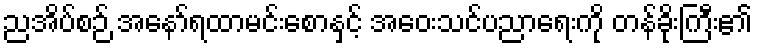
ညအိပ်စဉ် အနော်ရထာမင်းစောနှင့် အဝေးသင်ပညာရေးကို တန်ခိုးကြီး၏